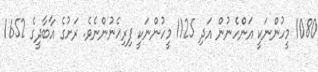
1080 މީހުންނަކީ އަންހެނުން އަދި 1125 މީހުންނަކީ ފިރިހެނުންނެވެ. ރަށުގެ އާބާދީގެ 1652